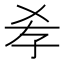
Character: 𡥉